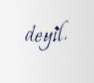
deyil.